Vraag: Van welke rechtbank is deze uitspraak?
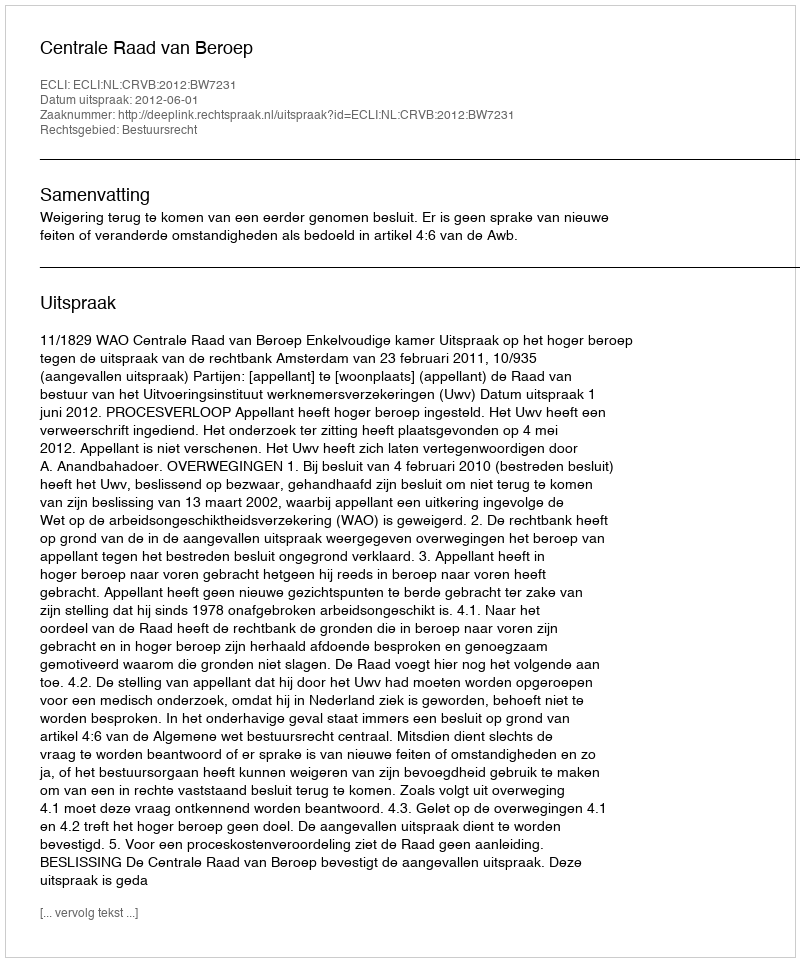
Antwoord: Centrale Raad van Beroep